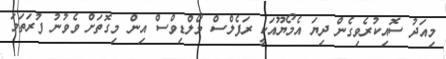
މިއަދު ސޮއިކުރެވިގެން ދިޔަ އެމޯޔޫއަކީ ރަފެލްސް މޯލްޑިވްސް އިން މިގޮތަށް ވެވުނު ފުރަތަމަ